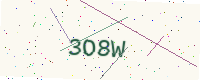
Text: 3O8W